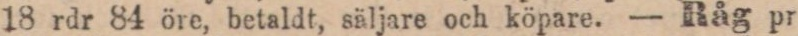
18 rdr 84 öre, betaldt, säljare och köpare. — Råg pr